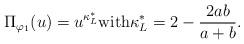
LaTeX: \begin{align*}\Pi_{\varphi_1 }(u)=u^{\kappa_L^*} \textrm{with} \kappa_L^*=2-{2ab \over a+b } .\end{align*}